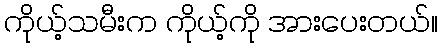
ကိုယ့်သမီးက ကိုယ့်ကို အားပေးတယ်။